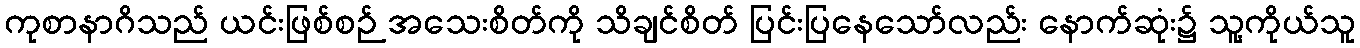
ကုစာနာဂိသည် ယင်းဖြစ်စဉ် အသေးစိတ်ကို သိချင်စိတ် ပြင်းပြနေသော်လည်း နောက်ဆုံး၌ သူ့ကိုယ်သူ